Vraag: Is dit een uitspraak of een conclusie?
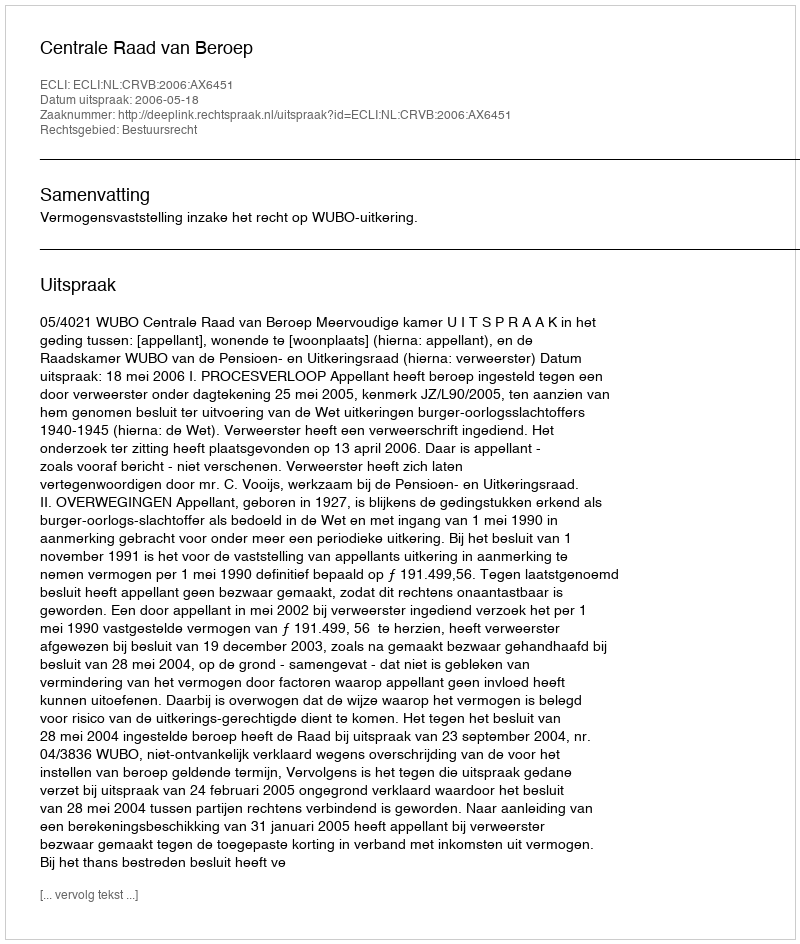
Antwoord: Uitspraak